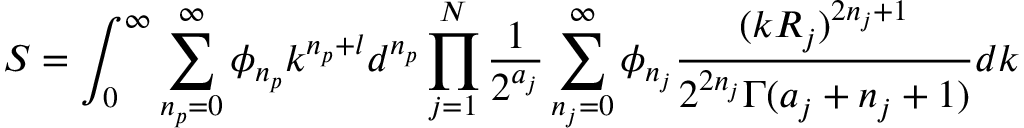
S = \int _ { 0 } ^ { \infty } \sum _ { n _ { p } = 0 } ^ { \infty } \phi _ { n _ { p } } k ^ { n _ { p } + l } d ^ { n _ { p } } \prod _ { j = 1 } ^ { N } \frac { 1 } { 2 ^ { a _ { j } } } \sum _ { n _ { j } = 0 } ^ { \infty } \phi _ { n _ { j } } \frac { ( k R _ { j } ) ^ { 2 n _ { j } + 1 } } { 2 ^ { 2 n _ { j } } \Gamma ( a _ { j } + n _ { j } + 1 ) } d { k }